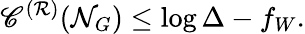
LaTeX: \mathscr{C}^{(\mathcal{R})}(\mathcal{N}_{G})\leq\log\Delta-f_{W}.